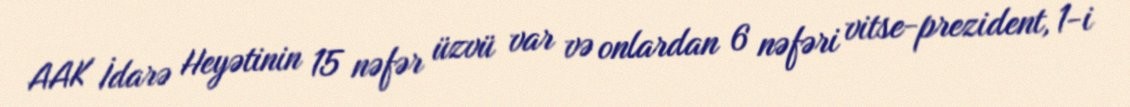
AAK İdarə Heyətinin 15 nəfər üzvü var və onlardan 6 nəfəri vitse-prezident, 1-i